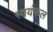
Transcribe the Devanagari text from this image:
स्वयंफल